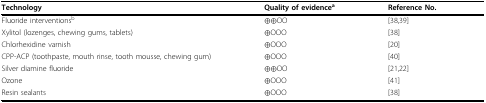
<table><thead><tr><td><b>Technology</b></td><td><b>Quality of evidence<sup>a</sup></b></td><td><b>Reference No.</b></td></tr></thead><tbody><tr><td>Fluoride interventions<sup>b</sup></td><td>⊕⊕OO</td><td>[38,39]</td></tr><tr><td>Xylitol (lozenges, chewing gums, tablets)</td><td>⊕OOO</td><td>[38]</td></tr><tr><td>Chlorhexidine varnish</td><td>⊕OOO</td><td>[20]</td></tr><tr><td>CPP-ACP (toothpaste, mouth rinse, tooth mousse, chewing gum)</td><td>⊕OOO</td><td>[40]</td></tr><tr><td>Silver diamine fluoride</td><td>⊕⊕OO</td><td>[21,22]</td></tr><tr><td>Ozone</td><td>⊕OOO</td><td>[41]</td></tr><tr><td>Resin sealants</td><td>⊕OOO</td><td>[38]</td></tr></tbody></table>